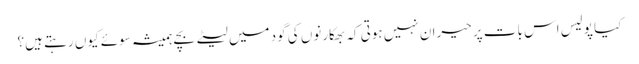
کیا پولیس اس بات پر حیران نہیں ہوتی کہ بھکارنوں کی گود میں لیٹے بچے ہمیشہ سوئے کیوں رہتے ہیں؟